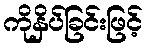
ကိုနှိပ်ခြင်းဖြင့်